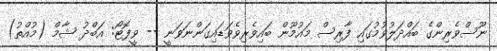
ނޫސްވެރިންގެ ބައްދަލުވުމުގައި ފާރިސް މައުމޫން ބައިވެރިވެވަޑައިގަންނަވަނީ -- ވީފޮޓޯ: އަބްދު ޝާމް (މުއްތު)